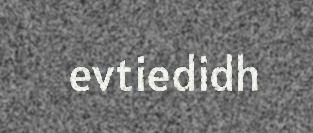
evtiedidh